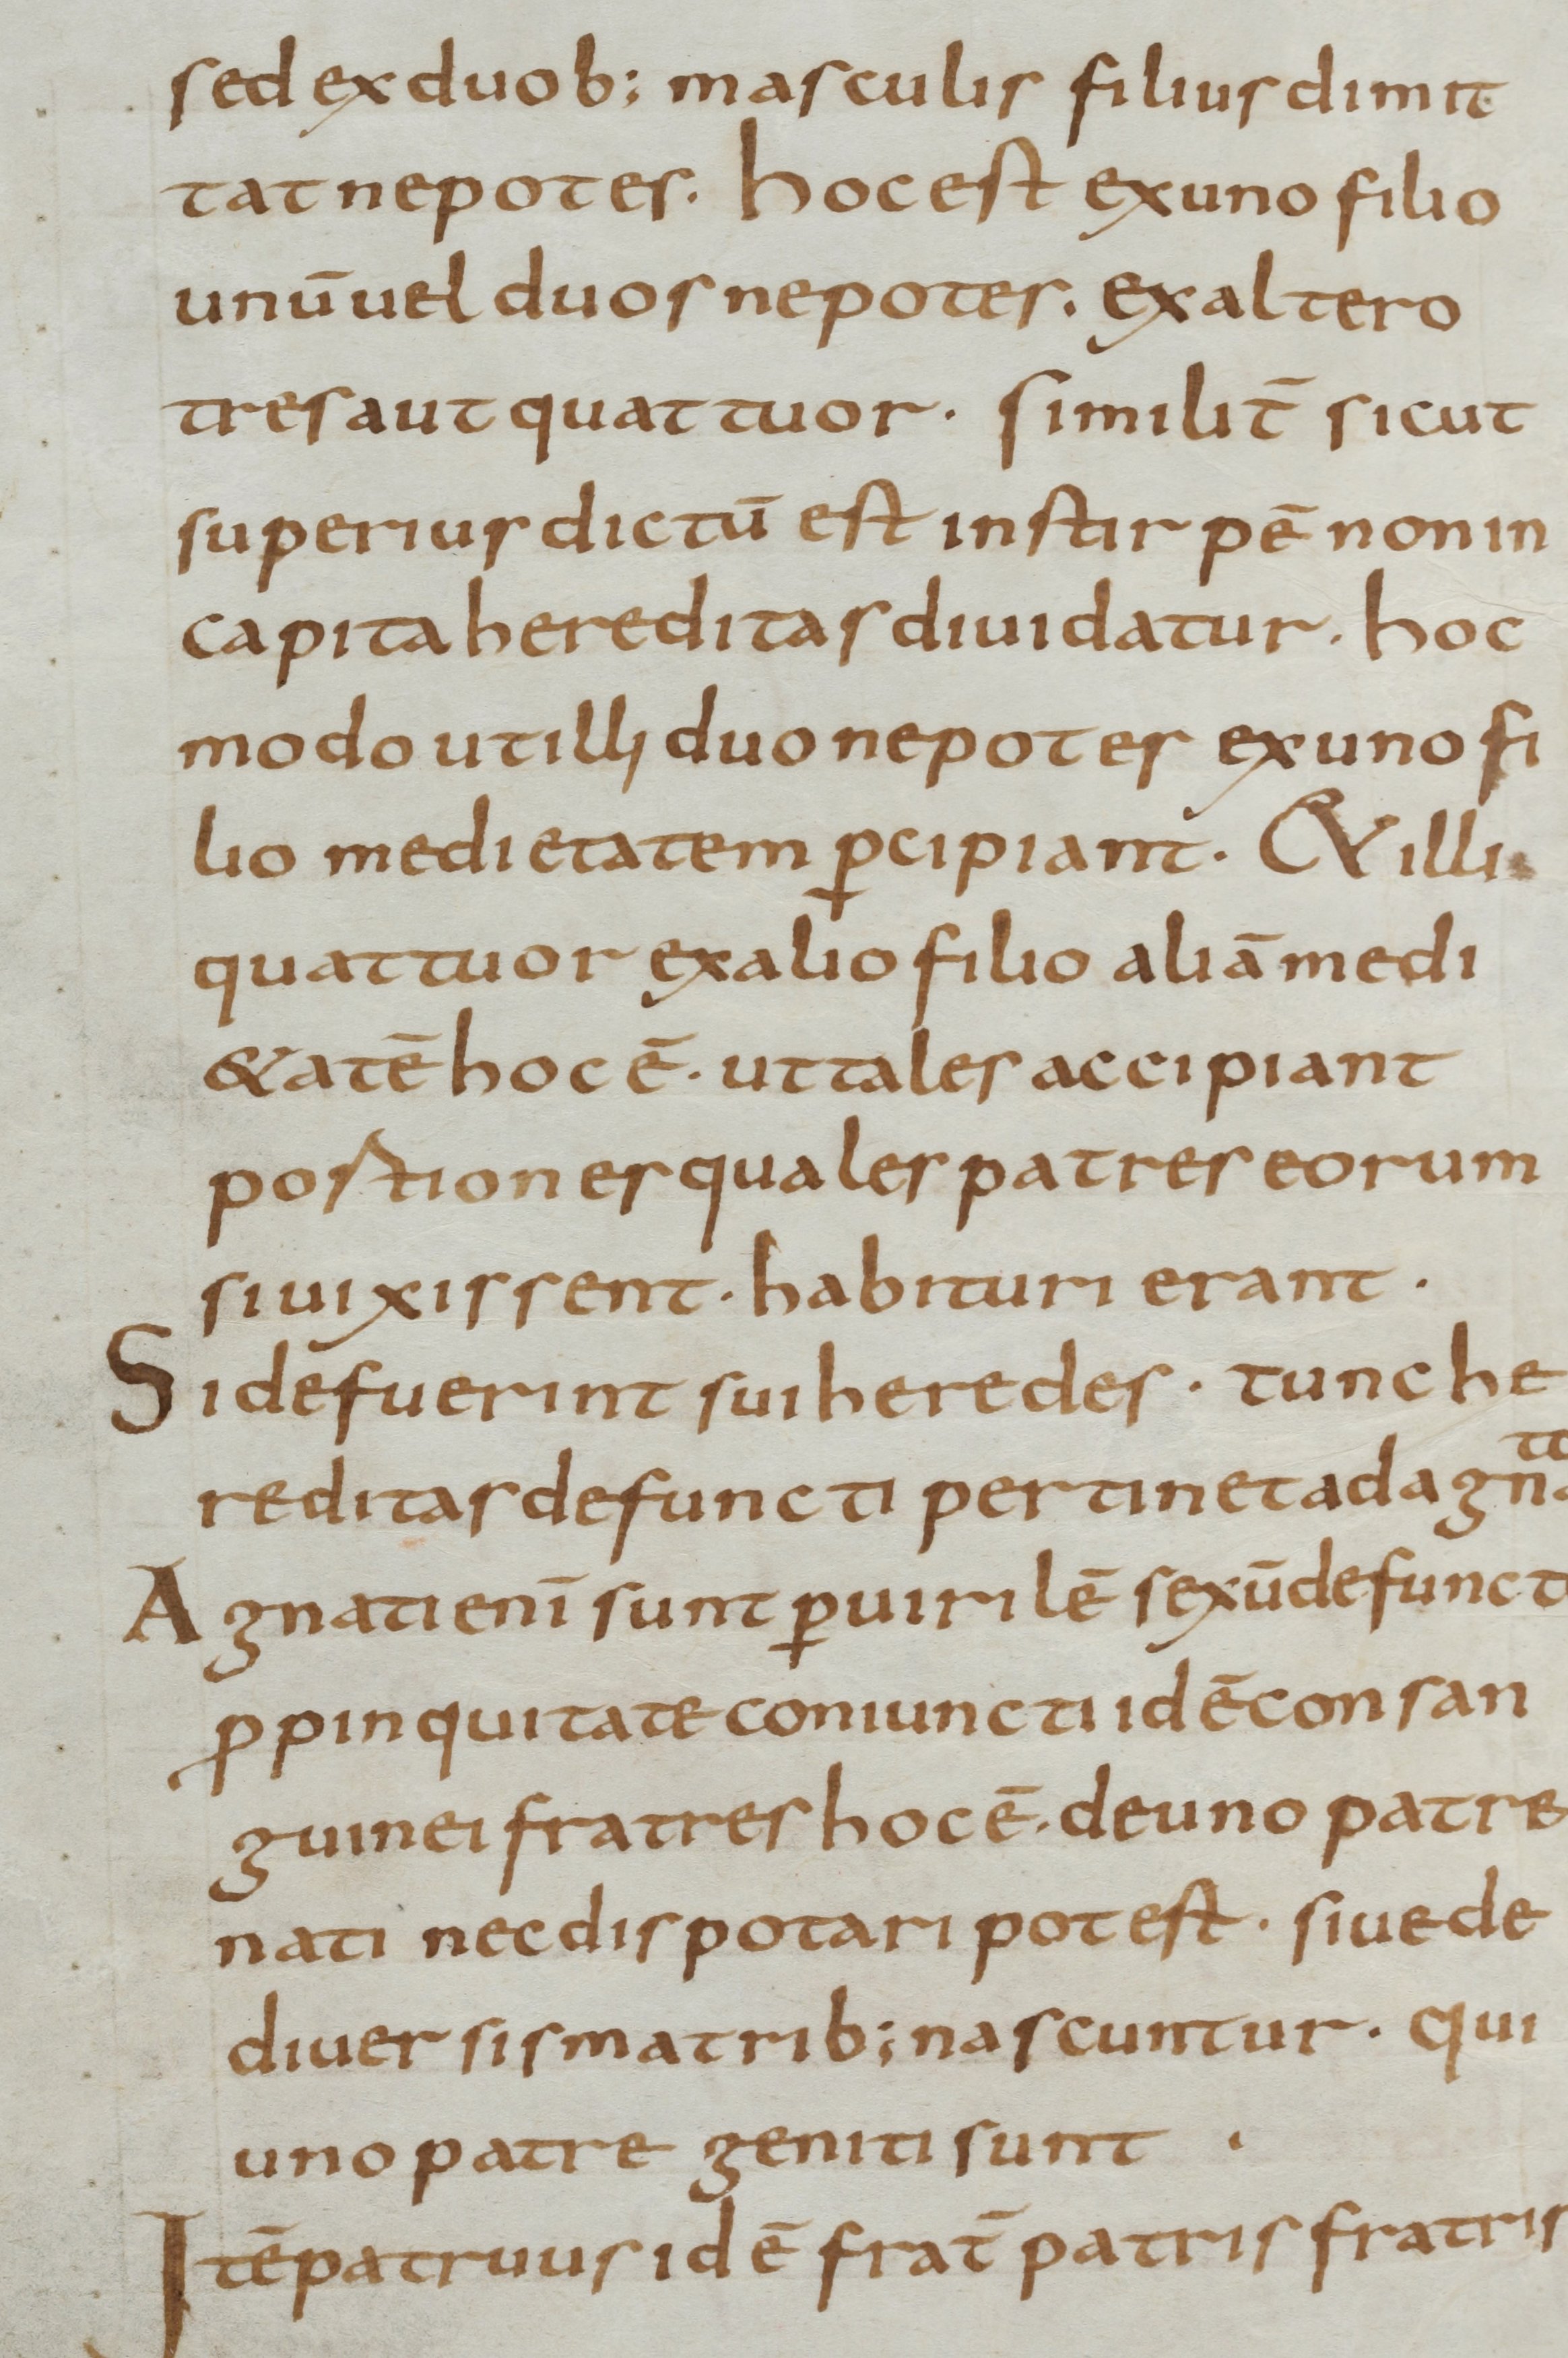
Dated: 800–830